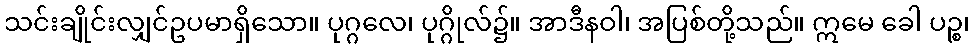
သင်းချိုင်းလျှင်ဥပမာရှိသော။ ပုဂ္ဂလေ၊ ပုဂ္ဂိုလ်၌။ အာဒီနဝါ၊ အပြစ်တို့သည်။ ဣမေ ခေါ ပဉ္စ၊